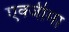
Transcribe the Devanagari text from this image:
एक्जीमा